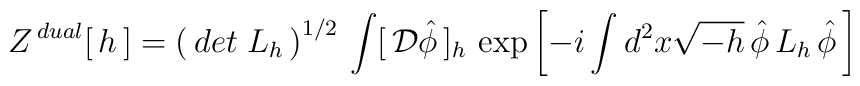
Z^{\, dual}[\,h\,]=\left(\, det\; L_h\, \right)^{1/2}\,	\int[\,{\cal D}\hat\phi\,]_h\,	\exp\left[ -i\int d^2x \sqrt{-h}\,\hat\phi\, L_h\,	\hat\phi\,\right]